Lunatic asylums Central Provinces reports 1910-1926 - 1910-1926
Year: 1910
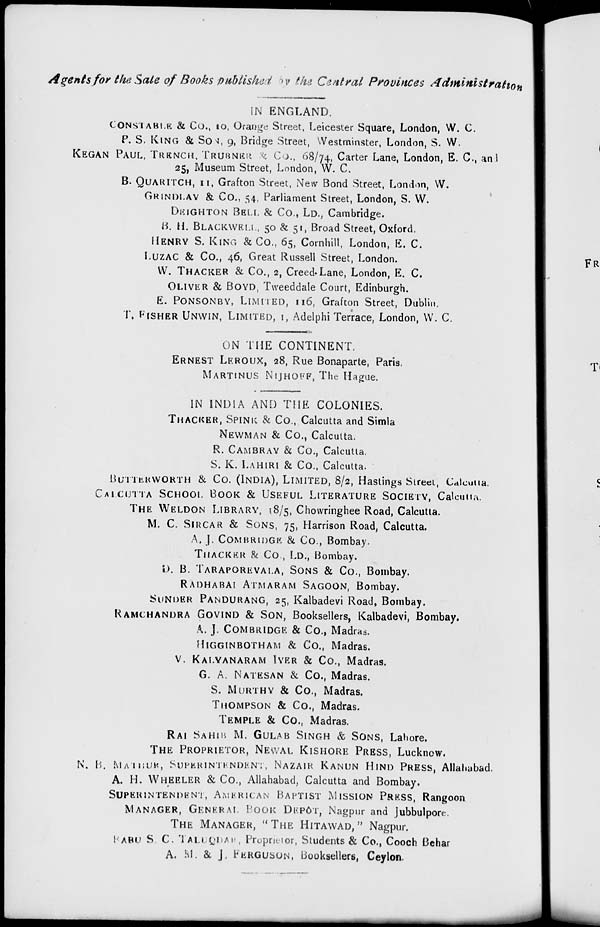
A gents for the Sale of Books published by the Central Provinces
Administration
IN ENGLAND.
CONSTABLE & Co., 10, Orange Street, Leicester Square, London, W. C.
P. S. KING & SON, 9, Bridge Street, Westminster, London, S. W.
KEGAN PAUL, TRENCH, TRUBNKR & CO., 68/74, Carter Lane, London, E. C., and
25, Museum Street, London, W. C.
B. QUARITCH, 11, Grafton Street, New Bond Street, London, W.
GRINDLAY & Co., 54, Parliament Street, London, S. W.
DEIGHTON BELL & Co., LD., Cambridge.
B. H. BLACKWELL, 50 & 51, Broad Street, Oxford.
HENRY S. KING & CO., 65, Cornhill, London, E. C.
LUZAC & Co., 46, Great Russell Street, London.
W. THACKER & Co., 2, Creed. Lane, London, E. C.
OLIVER & BOYD, Tweeddale Court, Edinburgh.
E. PONSONBY, LIMITED, 116, Grafton Street, Dublin.
T. FISHER UNWIN, LIMITED, 1, Adelphi Terrace, London, W. C.
ON THE CONTINENT.
ERNEST LEROUX, 28, Rue Bonaparte, Paris.
MARTINUS NIJHOFF, The Hague.
IN INDIA AND THE COLONIES.
THACKER, SPINK & Co., Calcutta and Simla
NEWMAN & Co., Calcutta.
R. CAMBRAY & Co., Calcutta.
S. K. LAHIRI & Co., Calcutta.
BUTTURWORTH & Co (INDIA), LIMITED, 8/2, Hastings Street, Calcutta.
CALCUTTA SCHOOL BOOK & USEFUL LITERATURE SOCIETY, Calcutta.
THE WELDON LIBRARY, 18/5, Chowringhee Road, Calcutta.
M. C. SIRCAR & SONS, 75, Harrison Road, Calcutta.
A. J. COMBRIDGE & Co., Bombay.
THACKER & Co., LD., Bombay.
D. B. TARAPOREVALA, SONS & Co., Bombay.
RADHABAI ATMARAM SAGOON, Bombay.
SUNDER PANDURANG, 25, Kalbadevi Road, Bombay.
RAMCHANDRA GIVIND & SON, Booksellers, Kalbadevi, Bombay.
A. J. COMBRIDGE & Co., Madras.
HIGGINBOTHAM & Co., Madras.
V. KALYANARAM IYER & Co., Madras.
G.A. NATESAN & Co., Madras.
S. MURTHY & Co., Madras.
THOMPSON & Co., Madras.
TEMPLE & Co., Madras.
RAI SAHIB M. GULAB SINGH & SONS, Lahore.
THE PROPRIETOR, NEWAL KISHORE PRESS, Lucknow.
N. B. MATBUR, SUPERINTENDENT, NAZAIR KANUN HIND PRESS, Allahabad.
A. H. WHEELER & Co., Allahabad, Calcutta and Bombay.
SUPERINTENDENT, AMERICAN BAPTIST MISSION PRESS, Rangoon
MANAGER, GENERAL BOOK DEP6T, Nagpur and Jubbulpore.
THE MANAGER, "THE HITAWAD, " Nagpur.
BABU S. C. TALUQAP Proprietor, Students & Co., Cooch Behar
A. M. & J, FERGUSON, Booksellers, Ceylon.